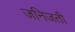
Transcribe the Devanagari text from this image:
जनिजती